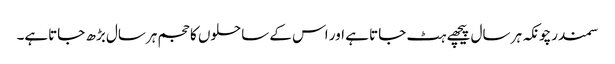
سمندرچونکہ ہر سال پیچھے ہٹ جاتا ہے اور اس کے ساحلوں کا حجم ہرسال بڑھ جاتاہے۔